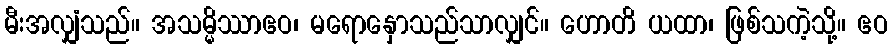
မီးအလျှံသည်။ အသမ္မိဿာဧဝ၊ မရောနှောသည်သာလျှင်။ ဟောတိ ယထာ၊ ဖြစ်သကဲ့သို့။ ဧဝ